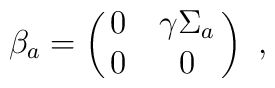
\beta_a = \pmatrix{0 & \gamma\Sigma_a\cr                0 & 0\cr}~,